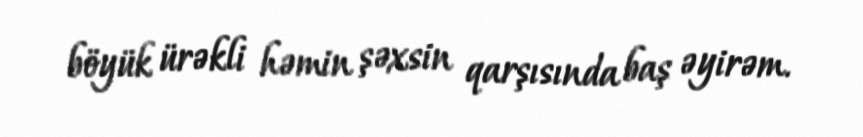
böyük ürəkli həmin şəxsin qarşısında baş əyirəm.